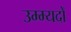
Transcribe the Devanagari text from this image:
उम्म्यदों